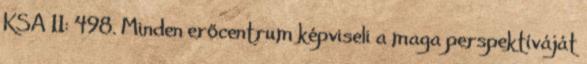
KSA 11: 498. Minden erőcentrum képviseli a maga perspektíváját